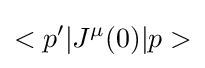
<p'|J^{\mu }(0)|p>